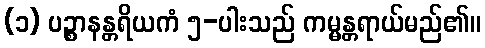
(၁) ပဉ္စာနန္တရိယကံ ၅-ပါးသည် ကမ္မန္တရာယ်မည်၏။